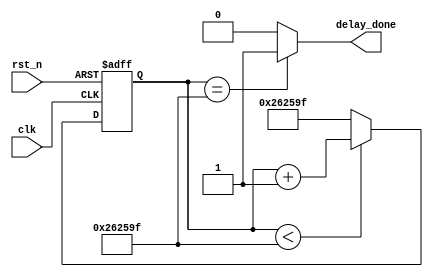
/*
 * Copyright (c) 2023 by Liyuxuan, all rights reserved.
 */

module SystemInitDelay
#(
    parameter SYS_DELAY_TOP = 24'd2500000    //50ms system init delay
)
(
    //global clock
    input   clk,        //50MHz
    input   rst_n,
    
    //system interface
    output  delay_done
);

//------------------------------------------
//Delay 50ms for steady state when power on
reg    [23:0] delay_cnt = 24'd0;
always@(posedge clk or negedge rst_n)
begin
    if(!rst_n)
        delay_cnt <= 0;
    else if(delay_cnt < SYS_DELAY_TOP - 1'b1)
        delay_cnt <= delay_cnt + 1'b1;
    else
        delay_cnt <= SYS_DELAY_TOP - 1'b1;
end
assign    delay_done = (delay_cnt == SYS_DELAY_TOP - 1'b1)? 1'b1 : 1'b0;

endmodule